Indian journal of veterinary science and animal husbandry - Volume 13,
Year: 1943
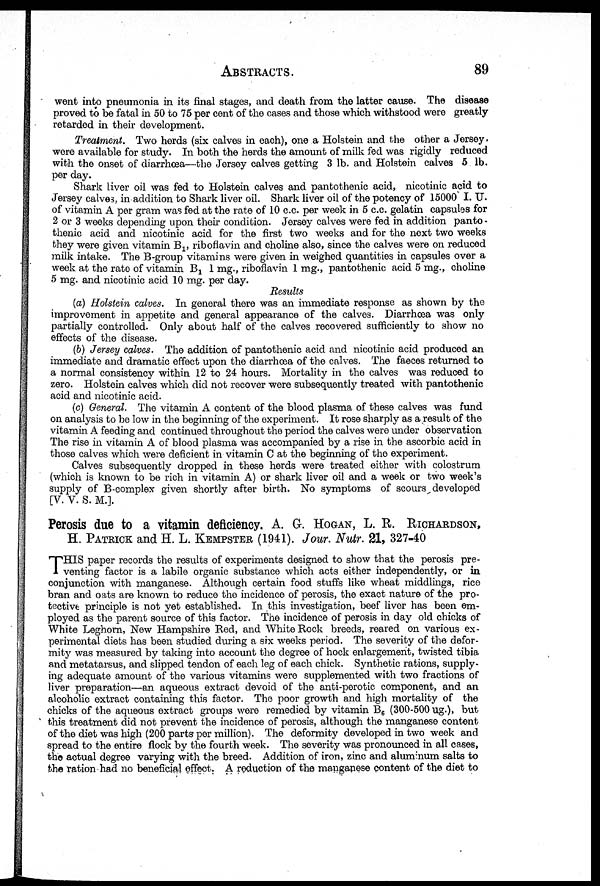
ABSTRACTS.
89
went into pneumonia in its final stages, and death from the latter cause. The disease
proved to be fatal in 50 to 75 per cent of the cases and those which withstood were greatly-
retarded in their development.
Treatment. Two herds (six calves in each), one a Holstein and the other a Jersey,
were available for study. In both the herds the amount of milk fed was rigidly reduced
with the onset of diarrhœa—the Jersey calves getting 3 lb. and Holstein calves 5 lb.
per day.
Shark liver oil was fed to Holstein calves and pantothenic acid, nicotinic acid to
Jersey calves, in addition to Shark liver oil. Shark liver oil of the potency of 15000 I. U.
of vitamin A per gram was fed at the rate of 10 c.c. per week in 5 c.c. gelatin capsules for
2 or 3 weeks depending upon their condition. Jersey calves were fed in addition panto -
thenic acid and nicotinic acid for the first two weeks and for the next two weeks
they were given vitamin B 1 , riboflavin and choline also, since the calves were on reduced
milk intake. The B-group vitamins were given in weighed quantities in capsules over a
week at the rate of vitamin B 1 1 mg., riboflavin 1 mg., pantothenic acid 5 mg., choline
5 mg. and nicotinic acid 10 mg. per day.
Results
(a) Holstein calves. In general there was an immediate response as shown by the
improvement in appetite and general appearance of the calves. Diarrhœa was only
partially controlled. Only about half of the calves recovered sufficiently to show no
effects of the disease.
(b) Jersey calves. The addition of pantothenic acid and nicotinic acid produced an
immediate and dramatic effect upon the diarrhœa of the calves. The faeces returned to
a normal consistency within 12 to 24 hours. Mortality in the calves was reduced to
zero. Holstein calves which did not recover were subsequently treated with pantothenic
acid and nicotinic acid.
(c) General. The vitamin A content of the blood plasma of these calves was fund
on analysis to be low in the beginning of the experiment. It rose sharply as a result of the
vitamin A feeding and continued throughout the period the calves were under observation
The rise in vitamin A of blood plasma was accompanied by a rise in the ascorbic acid in
those calves which were deficient in vitamin C at the beginning of the experiment.
Calves subsequently dropped in these herds were treated either with colostrum
(which is known to be rich in vitamin A) or shark liver oil and a week or two week's
supply of B-complex given shortly after birth. No symptoms of scours developed
[V. V. S. M.].
Perosis due to a vitamin deficiency. A. G. HOGAN, L. R. RICHARDSON,
H. PATRICK and H. L. KEMPSTER (1941). Jour. Nutr. 21, 327-40
T HIS paper records the results of experiments designed to show that the perosis pre-
venting factor is a labile organic substance which acts either independently, or in
conjunction with manganese. Although certain food stuffs like wheat middlings, rice
bran and oats are known to reduce the incidence of perosis, the exact nature of the pro-
tective principle is not yet established. In this investigation, beef liver has been em-
ployed as the parent source of this factor. The incidence of perosis in day old chicks of
White Leghorn, New Hampshire Red, and White Rock breeds, reared on various ex-
perimental diets has been studied during a six weeks period. The severity of the defor-
mity was measured by taking into account the degree of hock enlargement, twisted tibia,
and metatarsus, and slipped tendon of each leg of each chick. Synthetic rations, supply-
ing adequate amount of the various vitamins were supplemented with two fractions of
liver preparation—an aqueous extract devoid of the anti-perotic component, and an
alcoholic extract containing this factor. The poor growth and high mortality of the
chicks of the aqueous extract groups were remedied by vitamin B 6 (300-500 ug.), but
this treatment did not prevent the incidence of perosis, although the manganese content
of the diet was high (200 parts per million). The deformity developed in two week and
spread to the entire flock by the fourth week. The severity was pronounced in all cases,
the actual degree varying with the breed. Addition of iron, zinc and aluminum salts to
the ration had no beneficial effect. A reduction of the manganese content of the diet to